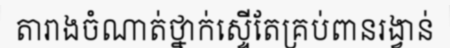
តារាងចំណាត់ថ្នាក់ស្ទើតែគ្រប់ពានរង្វាន់